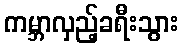
ကမ္ဘာလှည့်ခရီးသွား